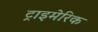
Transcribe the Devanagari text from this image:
ट्राइमेरिक